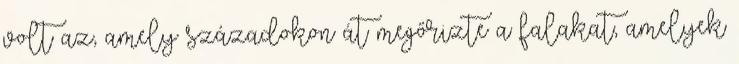
volt az, amely századokon át megőrizte a falakat, amelyek